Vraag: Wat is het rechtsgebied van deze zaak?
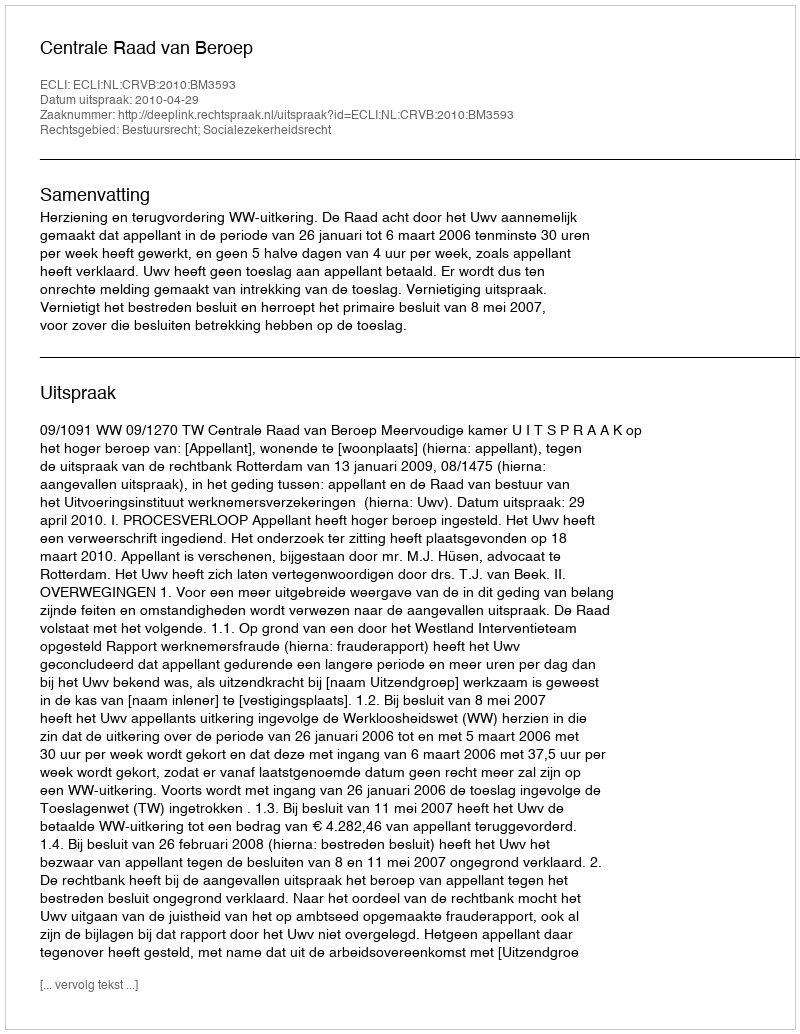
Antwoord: Bestuursrecht; Socialezekerheidsrecht